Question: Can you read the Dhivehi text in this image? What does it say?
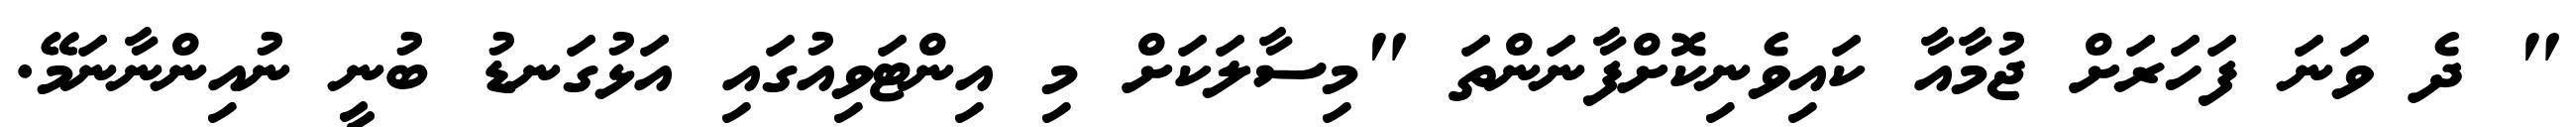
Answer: " ދެ ވަނަ ފަހަރަށް ޖުމާއާ ކައިވެނިކޮށްފާނަންތަ "މިސާލަކަށް މި އިންޓަވިއުގައި އަޅުގަނޑު ބުނީ ނުއިންނާނަމޭ.